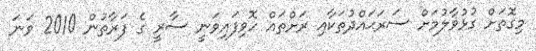
މިގޮތަށް ގުޅުވާލުމަށް ސަރަޙައްދުތަކާއި ރަށްތައް ހޮވިފައިވަނީ ސާރީ ގެ ފަރާތުން 2010 ވަނަ